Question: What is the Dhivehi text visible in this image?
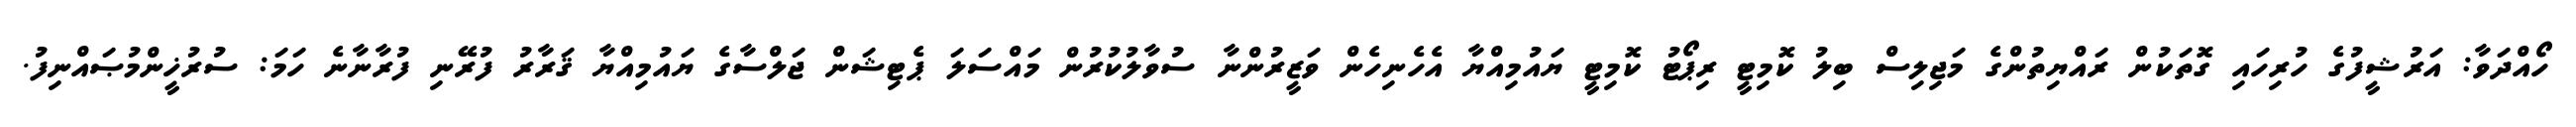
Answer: ހޯއްދަވާ: އަރުޝީފުގެ ހުރިހައި ގޮތަކުން ރައްޔިތުންގެ މަޖިލިސް ބިލު ކޮމިޓީ ރިޕޯޓު ކޮމިޓީ ޔައުމިއްޔާ އެހެނިހެން ވަޒީރުންނާ ސުވާލުކުރުން މައްސަލަ ޕެޓިޝަން ޖަލްސާގެ ޔައުމިއްޔާ ޤަރާރު ފުރޭނި ފުރާނާނެ ހަމަ: ސުރުޚީންމުޞައްނިފު.